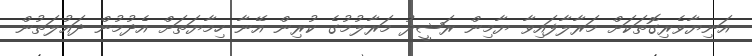
އަނިޔާވެރިގޮތަކަށް މަރާލާފައިވާ ޔާމިން ރަޝީދު މަރާލުމުގެ ކުރިން އޭނާ ހިމާޔަތަށް އެދުމުން ދައުލަތުން